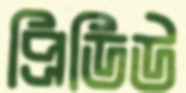
প্রিডিউ